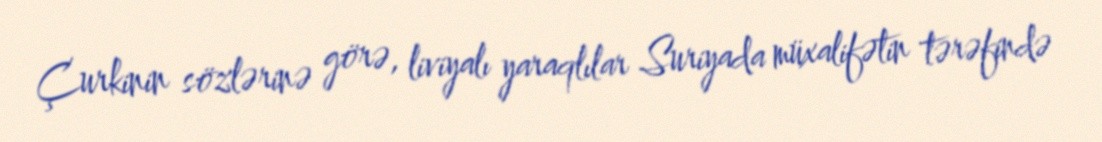
Çurkinin sözlərinə görə, liviyalı yaraqlılar Suriyada müxalifətin tərəfində